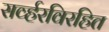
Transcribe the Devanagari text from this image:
सर्व्हरविरहित